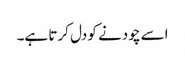
اسے چودنے کو دل کرتا ہے۔